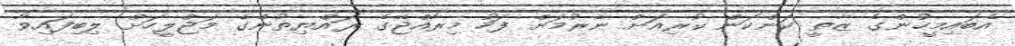
އެބައިމީހުންގެ ޒާތީ ކަންކަން ކުރިއަށް ނެރުމަށް ފަހު މިރާއްޖޭގެ ރައްޔިތުންގެ މަޖްލީހަށް ލިބިފައިވާ